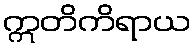
ဣတိကိရာယ